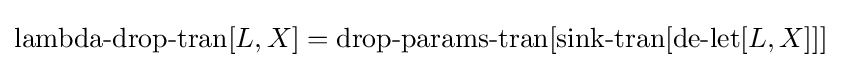
\operatorname {lambda-drop-tran} [L,X]=\operatorname {drop-params-tran} [\operatorname {sink-tran} [\operatorname {de-let} [L,X]]]